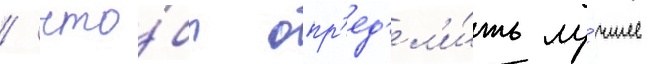
/ что́бы опр'ед'ел'и́ть лу́чшее